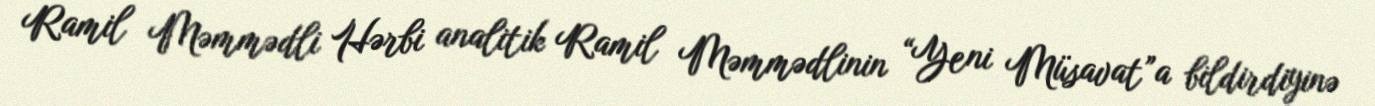
Ramil Məmmədli Hərbi analitik Ramil Məmmədlinin “Yeni Müsavat”a bildirdiyinə